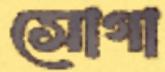
সোগা